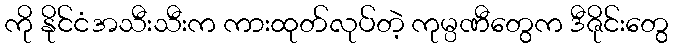
ကို နိုင်ငံအသီးသီးက ကားထုတ်လုပ်တဲ့ ကုမ္ပဏီတွေက ဒီဇိုင်းတွေ